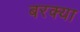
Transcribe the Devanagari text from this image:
बरक्या